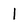
Character: l